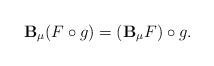
LaTeX: \begin{gather*}\mathbf B_\mu(F\circ g) = (\mathbf B_\mu F)\circ g.\end{gather*}